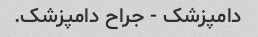
دامپزشک - جراح دامپزشک.